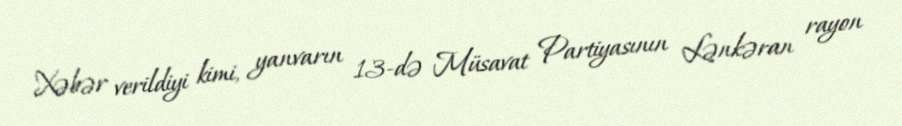
Xəbər verildiyi kimi, yanvarın 13-də Müsavat Partiyasının Lənkəran rayon